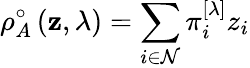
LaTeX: \rho_{A}^{\circ}\left(\mathbf{z},\lambda\right)=\sum_{i\in\mathcal{N}}\pi_{i}^{\left[\lambda\right]}z_{i}